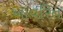
આવરિત